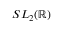
S L _ { 2 } ( \mathbb { R } )